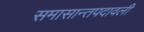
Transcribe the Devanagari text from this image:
समासान्तपदावली